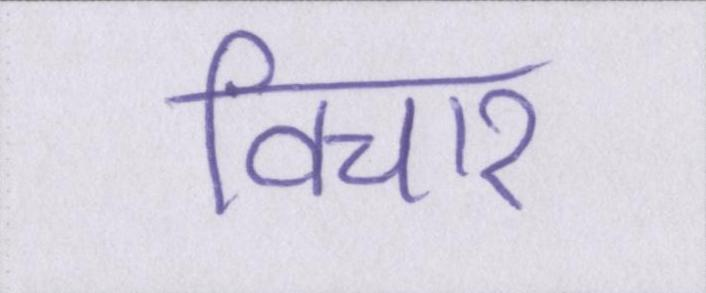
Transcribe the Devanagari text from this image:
विचार